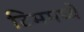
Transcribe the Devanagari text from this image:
टिममध्ये